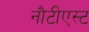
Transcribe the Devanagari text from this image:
नौटीएस्ट